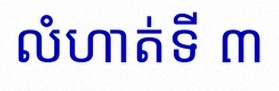
លំហាត់ទី ៣